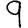
Digit: 9